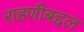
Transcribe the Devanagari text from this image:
राहणीबद्दल